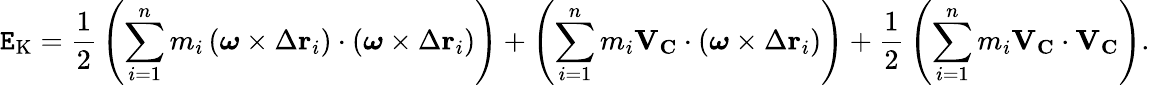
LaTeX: \mathtt{E}_{\mathrm{{K}}}={\frac{{1}}{{2}}}\left(\sum_{i=1}^{n}m_{i}\left({\boldsymbol{\omega}}\times\Delta\mathbf{{r}}_{i}\right)\cdot\left({\boldsymbol{\omega}}\times\Delta\mathbf{{r}}_{i}\right)\right)+\left(\sum_{i=1}^{n}m_{i}\mathbf{{V}}_{\mathbf{{C}}}\cdot\left({\boldsymbol{\omega}}\times\Delta\mathbf{{r}}_{i}\right)\right)+{\frac{{1}}{{2}}}\left(\sum_{i=1}^{n}m_{i}\mathbf{{V}}_{\mathbf{{C}}}\cdot\mathbf{{V}}_{\mathbf{{C}}}\right).